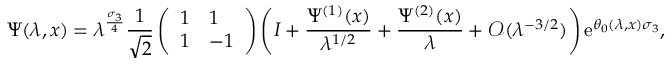
\Psi ( \lambda , x ) = \lambda ^ { \frac { \sigma _ { 3 } } { 4 } } \frac { 1 } { \sqrt { 2 } } \left( \begin{array} { l l } { 1 } & { 1 } \\ { 1 } & { - 1 } \end{array} \right) \left( I + \frac { \Psi ^ { ( 1 ) } ( x ) } { \lambda ^ { 1 / 2 } } + \frac { \Psi ^ { ( 2 ) } ( x ) } { \lambda } + \mathcal { O } ( \lambda ^ { - 3 / 2 } ) \right) \mathrm { e } ^ { \theta _ { 0 } ( \lambda , x ) \sigma _ { 3 } } ,